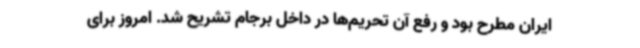
ایران مطرح بود و رفع آن تحریم‌ها در داخل برجام تشریح شد. امروز برای